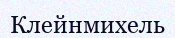
Клейнмихель